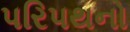
પરિપથનો